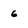
Character: 6